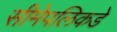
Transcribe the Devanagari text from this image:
सीमेपलिकडे